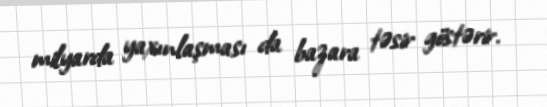
milyarda yaxınlaşması da bazara təsir göstərir.